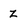
Character: z